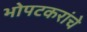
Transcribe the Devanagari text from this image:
भोपटकरांचे